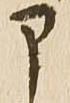
部